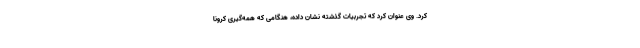
کرد. وی عنوان کرد که تجربیات گذشته نشان داده، هنگامی که همه‌گیری کرونا